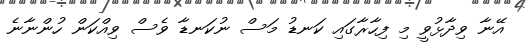
އޭނާ ވިދާޅުވީ މި ފިހާރާގައި ކަނޑު މަސް ނުކަނޑާ ވެސް ވިއްކަން ހުންނާނެ